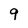
Character: 9